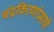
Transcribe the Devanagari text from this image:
चंद्रकिरणांप्रमाणे